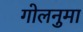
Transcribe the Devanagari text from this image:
गोलनुमा